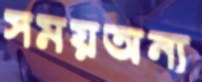
সময়অন্য